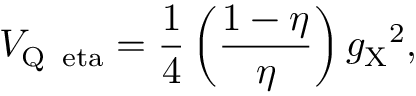
V _ { \mathrm { Q \, \ e t a } } = \frac { 1 } { 4 } \left( \frac { 1 - \eta } { \eta } \right) { g _ { \mathrm { X } } } ^ { 2 } ,